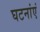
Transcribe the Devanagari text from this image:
घटनांएं